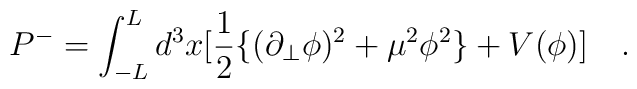
P^-=\int_{-L}^{L} d^3 x [\frac{1}{2}\{(\partial_{\bot}\phi)^2 +\mu^2 \phi^2\}+V(\phi)]\quad .